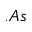
. A s